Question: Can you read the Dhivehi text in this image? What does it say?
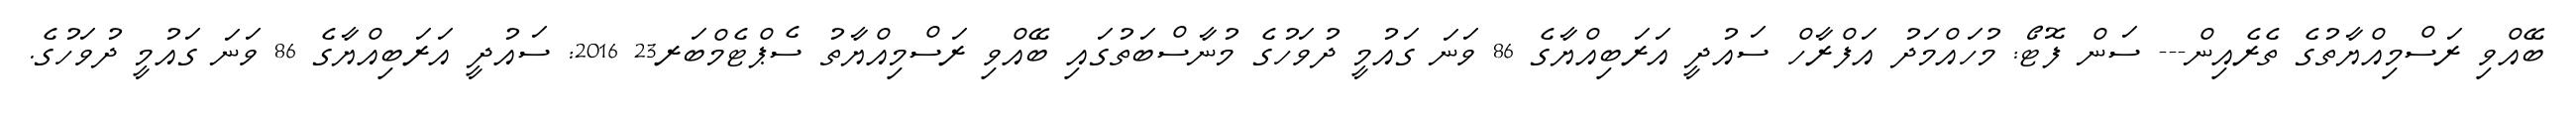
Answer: ބޭއްވި ރަސްމިއްޔާތުގެ ތެރެއިން--- ސަން ފޮޓޯ: މުހައްމަދު އަފްރާހް ސައުދީ އަރަބިއްޔާގެ 86 ވަނަ ގައުމީ ދުވަހުގެ މުނާސްބަތުގައި ބޭއްވި ރަސްމިއްޔާތު ސެޕްޓެމްބަރ23 2016: ސައުދީ އަރަބިއްޔާގެ 86 ވަނަ ގައުމީ ދުވަހުގެ.